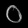
Digit: ၀